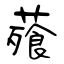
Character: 薞